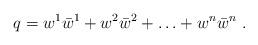
LaTeX: \begin{align*}q=w^1\bar{w}^1 + w^2\bar{w}^2 + \ldots + w^n\bar{w}^n\ .\end{align*}